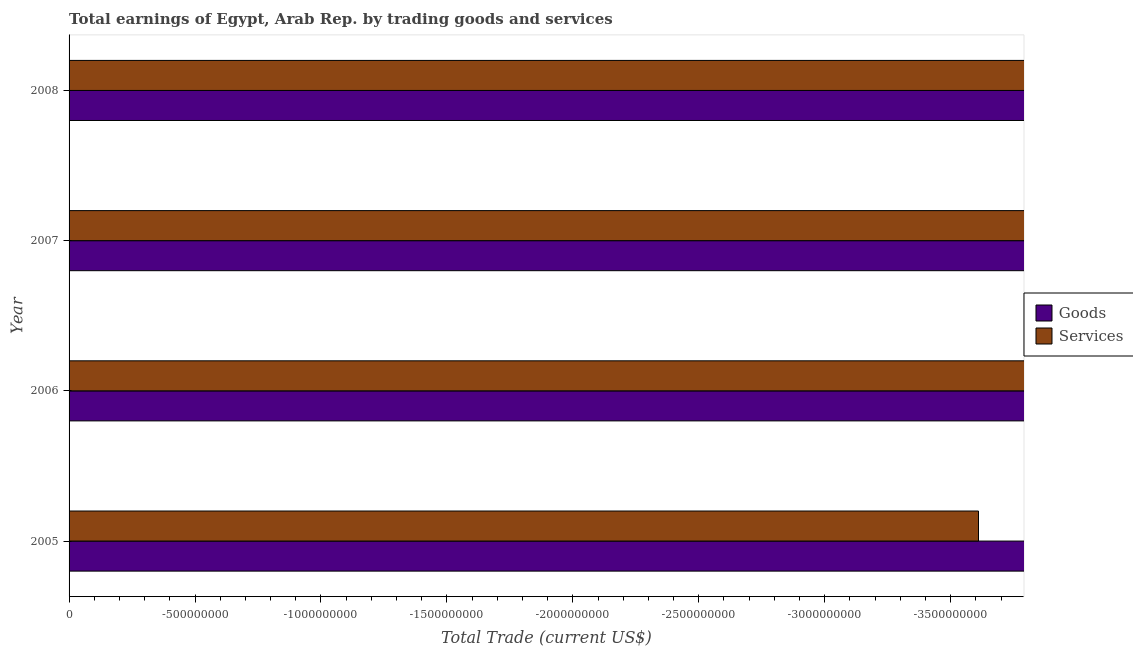
| Year | Goods | Services |
 | --- | --- | --- |
 | 2005 | -7.74e+09 | -3.61e+09 |
 | 2006 | -8.44e+09 | -3.87e+09 |
 | 2007 | -1.49e+10 | -9.3e+09 |
 | 2008 | -1.98e+10 | -1.25e+10 |